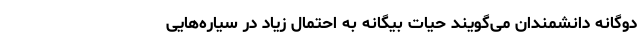
دوگانه دانشمندان می‌گویند حیات بیگانه به احتمال زیاد در سیاره‌هایی